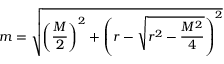
{ } m = { \sqrt { \left( { \frac { M } { 2 } } \right) ^ { 2 } + \left( r - { \sqrt { r ^ { 2 } - { \frac { M ^ { 2 } } { 4 } } } } \right) ^ { 2 } } }